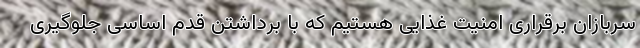
سربازان برقراری امنیت غذایی هستیم که با برداشتن قدم اساسی جلوگیری